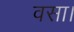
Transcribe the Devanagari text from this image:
वसा।